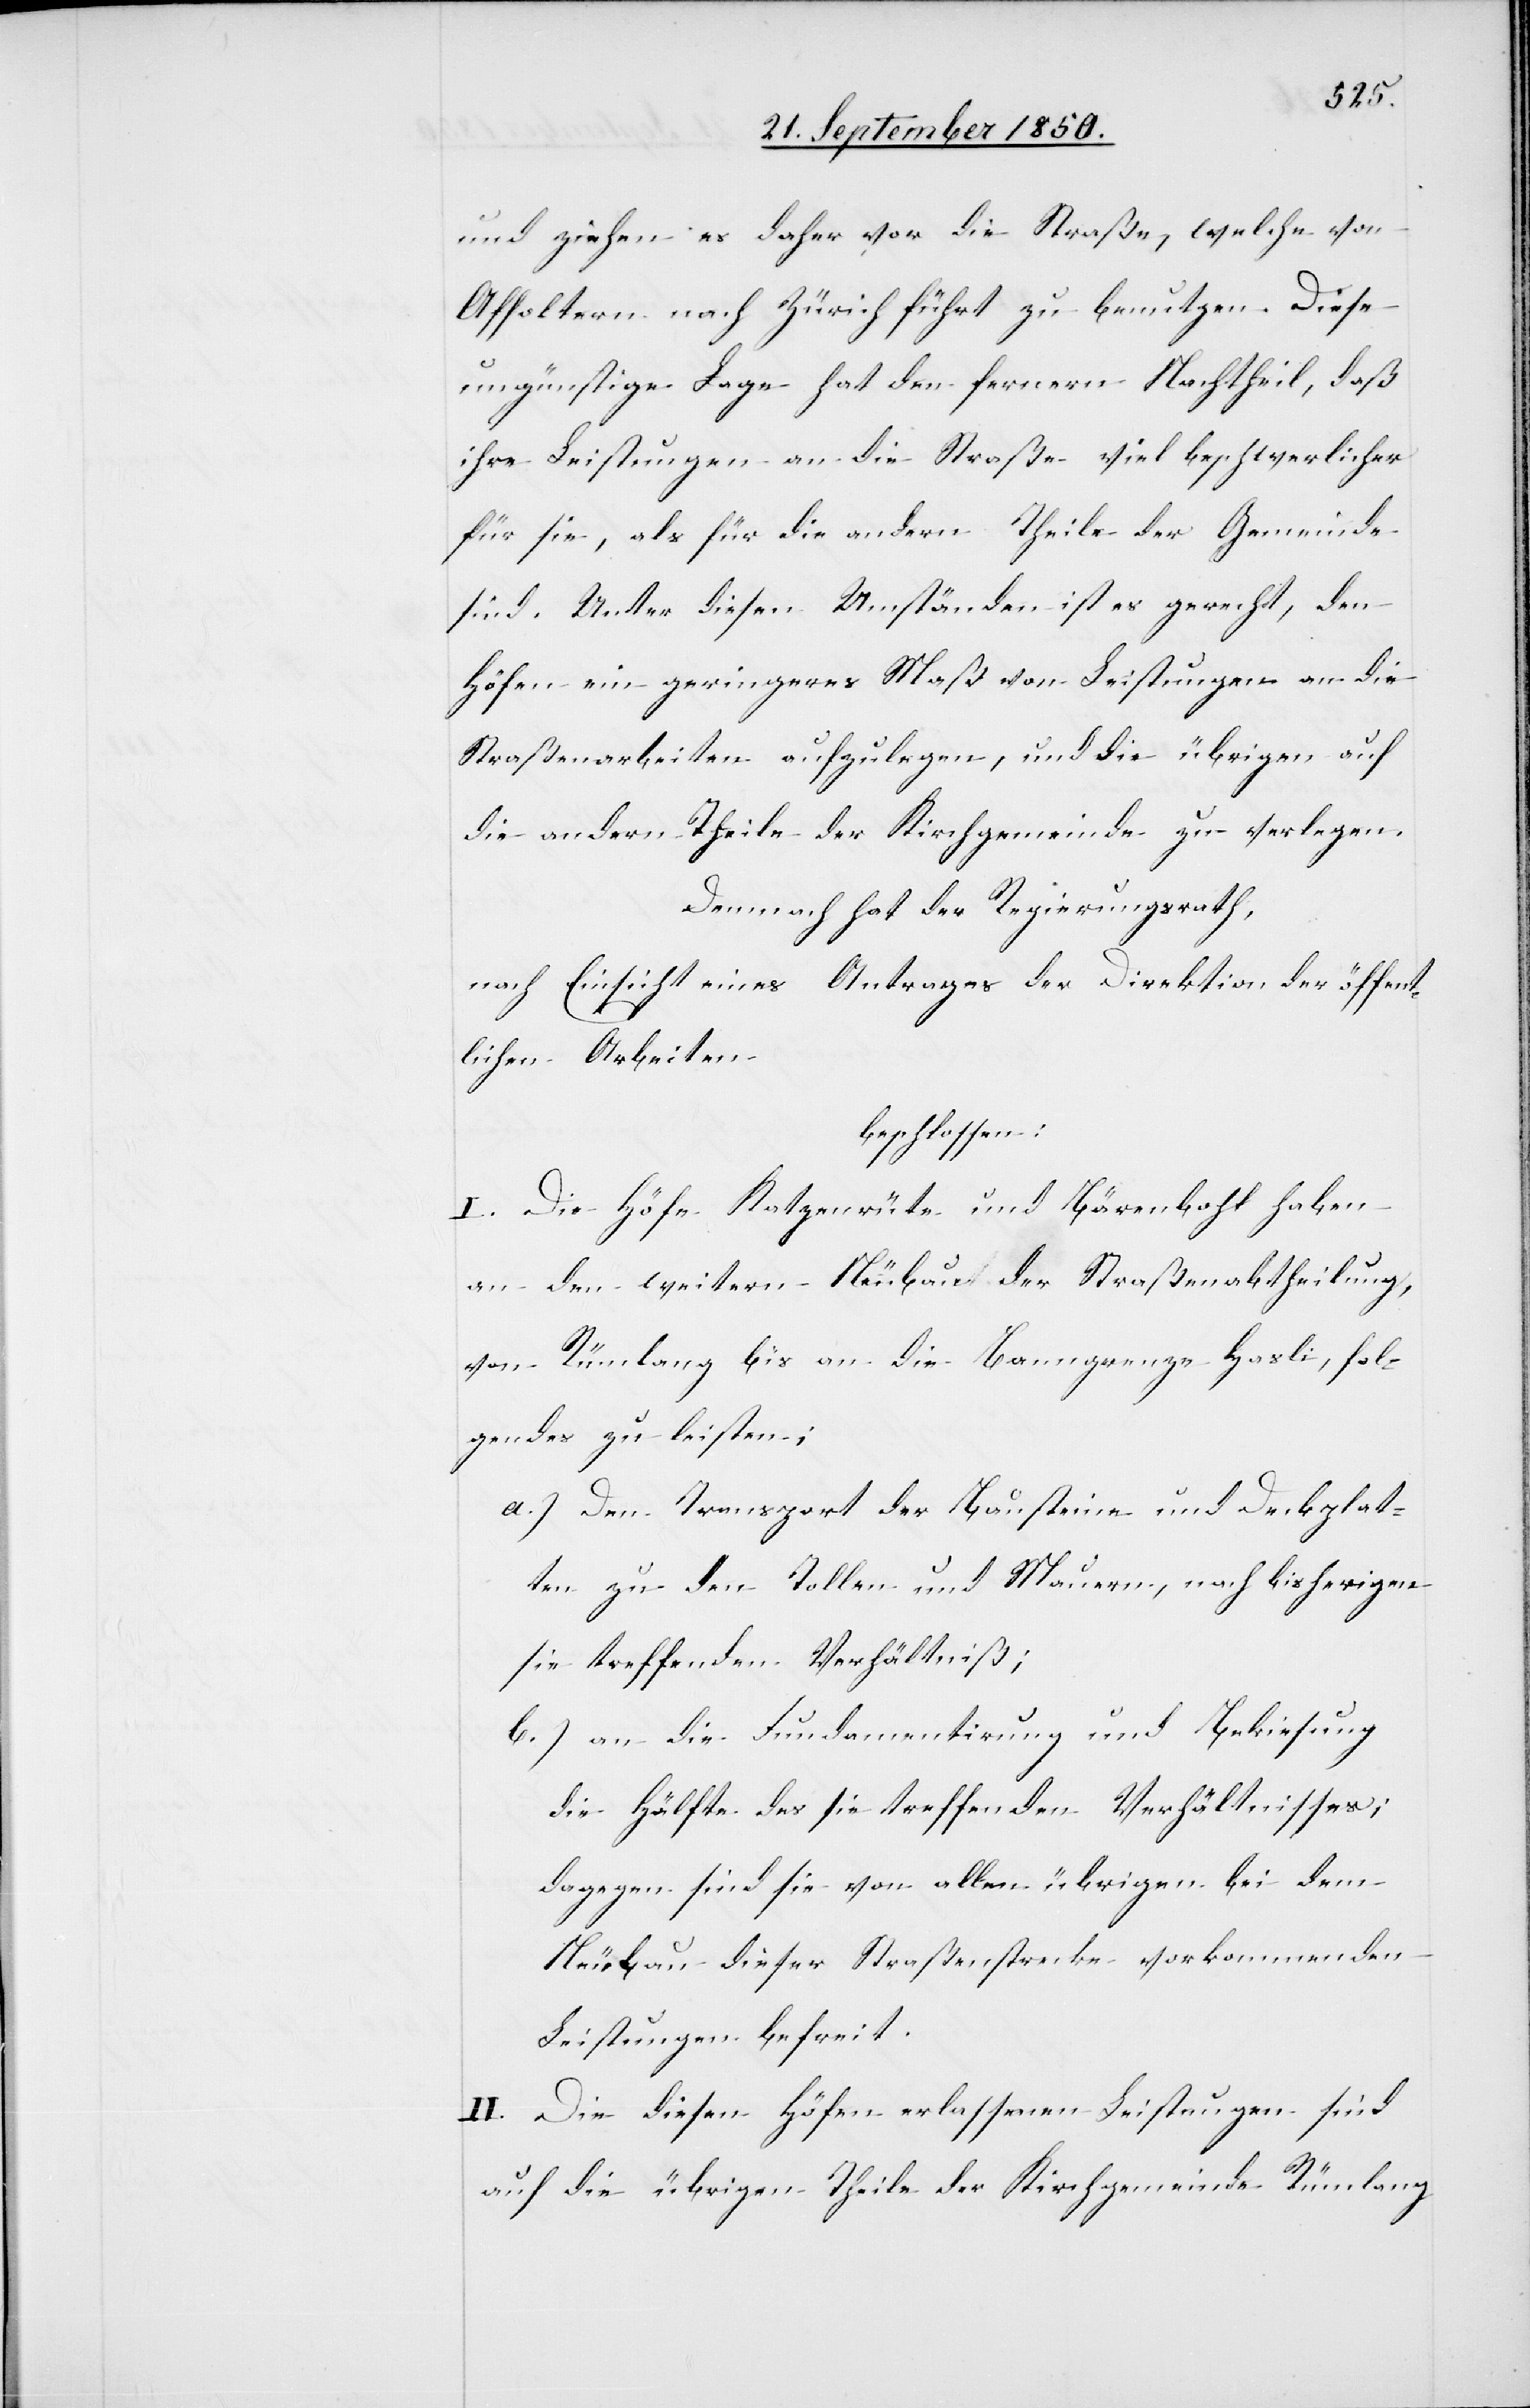
und ziehen es daher vor die Straße, welche von
Affoltern nach Zürich führt zu benutzen. Diese
ungünstige Lage hat den fernern Nachtheil, daß
ihre Leistungen an die Straße viel beschwerlicher
für sie, als für die andern Theile der Gemeinde
sind. Unter diesen Umständen ist es gerecht, den
Höfen ein geringeres Maß von Leistungen an die
Straßenarbeiten aufzulegen, und die übrigen auf
die andern Theile der Kirchgemeinde zu verlegen.
Demnach hat der Regierungsrath,
nach Einsicht eines Antrages der Direktion der öffent¬
lichen Arbeiten
beschlossen:
I. Die Höfe Katzenrüte und Bärenbohl haben
an den weitern Neubau der Straßenabtheilung,
von Rümlang bis an die Banngrenze Hasli, fol¬
gendes zu leisten:
a.) Den Transport der Bausteine und Deckplatt¬
ten zu den Tollen und Mauern, nach bisherigen
sie treffenden Verhältniß;
b.) an die Fundamentirung und Bekiesung
die Hälfte des sie treffenden Verhältnisses;
dagegen sind sie von allen übrigen bei dem
Neubau dieser Straßenstrecke vorkommenden
Leistungen befreit.
II. Die diesen Höfen erlassenen Leistungen sind
auf die übrigen Theile der Kirchgemeinde Rümlang